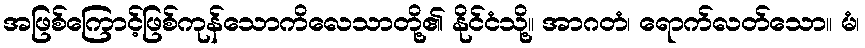
အဖြစ်ကြောင့်ဖြစ်ကုန်သောကိလေသာတို့၏ နိုင်ငံသို့။ အာဂတံ၊ ရောက်လတ်သော။ မံ၊